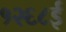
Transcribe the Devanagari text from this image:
१२६८ई